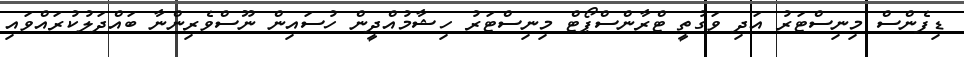
ޑިފެންސް މިނިސްޓަރު އަދި ވަގުތީ ޓްރާންސްޕޯޓް މިނިސްޓަރު ހިޝާމުއްދީން ހުސައިން ނޫސްވެރިންނާ ބައްދަލުކުރައްވައި